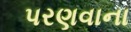
પરણવાના